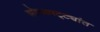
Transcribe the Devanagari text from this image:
झोपडपट्ट्यांत